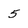
Character: 5